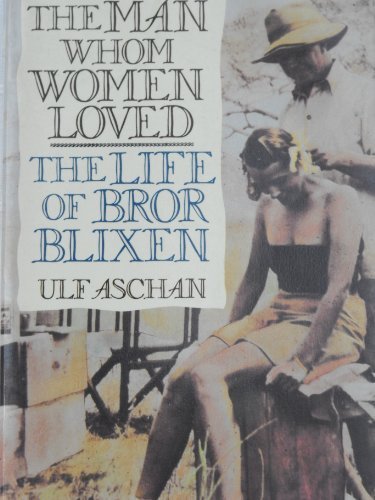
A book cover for The Man Whom Women Loved: The Life of Bror Blixen; Ulf Aschan; Biographies & Memoirs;